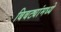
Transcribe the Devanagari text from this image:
बिबट्यांमध्ये